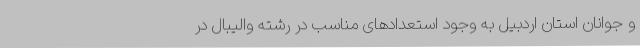
و جوانان استان اردبیل به وجود استعدادهای مناسب در رشته والیبال در